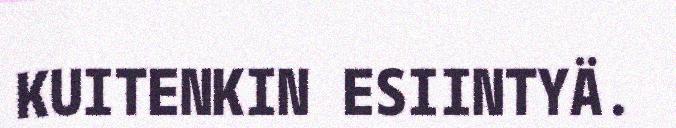
KUITENKIN ESIINTYÄ.